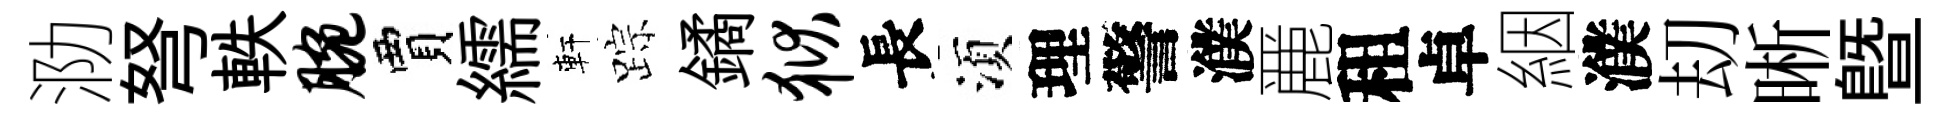
泐弩軼腕賈繻軒踪鐍狱長湏理警濮䴡租卓絪濮刧晰暨